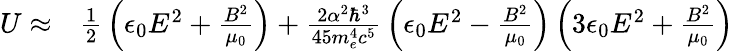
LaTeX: \begin{array}{rl}{U\approx}&{{}{\frac{1}{2}}\left(\epsilon_{0}E^{2}+{\frac{B^{2}}{\mu_{0}}}\right)+{\frac{2\alpha^{2}\hbar^{3}}{45m_{e}^{4}c^{5}}}\left(\epsilon_{0}E^{2}-{\frac{B^{2}}{\mu_{0}}}\right)\left(3\epsilon_{0}E^{2}+{\frac{B^{2}}{\mu_{0}}}\right)}\end{array}